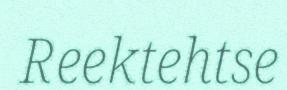
Reektehtse